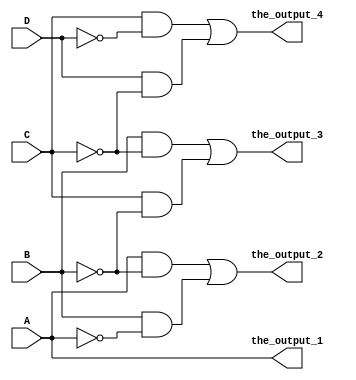
module my_fifth_circuit(the_output_1,the_output_2,the_output_3,the_output_4,A,B,C,D);

	input A, B, C, D;
	output the_output_1, the_output_2, the_output_3, the_output_4;

	wire wire_not_a, wire_not_b, wire_not_c, wire_not_d, wire_3, wire_4, wire_5, wire_6, wire_7, wire_8;


	//not gate_not_8(wire_9,A,A);
	and gate_and_1(the_output_1, A, A);
	and gate_and_2(wire_3, A, wire_not_b);
	not gate_not_1(wire_not_b, B);
	not gate_not_2(wire_not_a, A);
	and gate_and_3(wire_4, B, wire_not_a);
	or gate_or(the_output_2, wire_3, wire_4);
	not gate_not_2(wire_not_c, C);
	and gate_and_4(wire_5, B, wire_not_c);
	not gate_not_3(wire_not_c, C);
	or gate_or(the_output_3, wire_5, wire_6);
	and gate_and_5(wire_6, C, wire_not_b);
	and gate_and_6(wire_7, C, wire_not_d);
	not gate_not_4(wire_not_d, D);
	or gate_or(the_output_4, wire_7, wire_8);
	not gate_not_6(wire_not_d, D);
	and gate_and_7(wire_8, D, wire_not_c);
	
endmodule